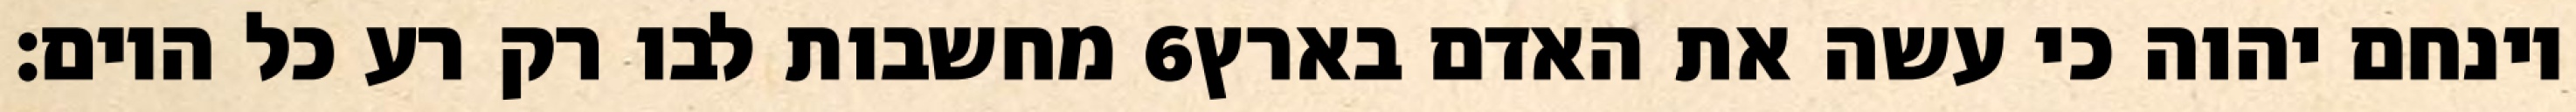
מחשבות לבו רק רע כל היום׃ ‎6‏ וינחם יהוה כי עשה את האדם בארץ